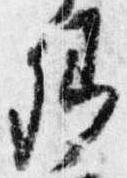
卿